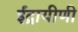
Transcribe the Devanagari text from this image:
ईंद्रायीणी